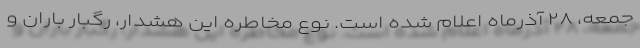
جمعه، ۲۸ آذرماه اعلام شده است. نوع مخاطره این هشدار، رگبار باران و